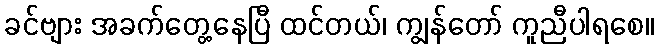
ခင်ဗျား အခက်တွေ့နေပြီ ထင်တယ်၊ ကျွန်တော် ကူညီပါရစေ။